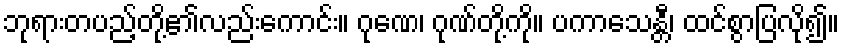
ဘုရားတပည့်တို့၏လည်းကောင်း။ ဂုဏေ၊ ဂုဏ်တို့ကို။ ပကာသေန္တီ၊ ထင်စွာပြလို၍။